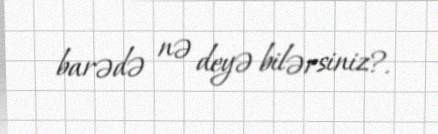
barədə nə deyə bilərsiniz?.